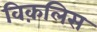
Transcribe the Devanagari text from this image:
विक़लिस